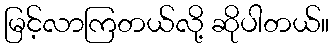
မြင့်လာကြတယ်လို့ ဆိုပါတယ်။